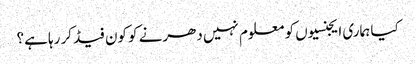
کیا ہماری ایجنسیوں کو معلوم نہیں دھرنے کو کون فیڈ کر رہا ہے؟